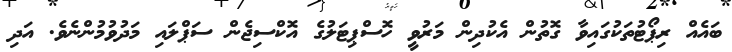
ބައެއް ރިޕޯޓުތަކުގައިވާ ގޮތުން އެކުދިން މަރުވީ ހޮސްޕިޓަލުގެ އޮކްސިޖެން ސަޕްލައި މަދުވުމުންނެވެ. އަދި